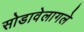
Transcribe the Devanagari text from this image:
सोडावेलागले